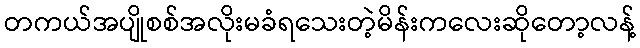
တကယ်အပျိုစစ်အလိုးမခံရသေးတဲ့မိန်းကလေးဆိုတော့လန့်